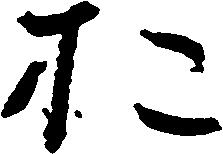
お